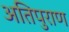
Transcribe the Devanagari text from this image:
अतिपुराण